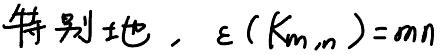
特别地，$\varepsilon(K_{m,n}) = mn$